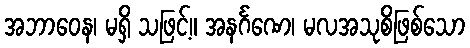
အဘာဝေန၊ မရှိ သဖြင့်။ အနင်္ဂဏေ၊ မလအသုစိဖြစ်သော